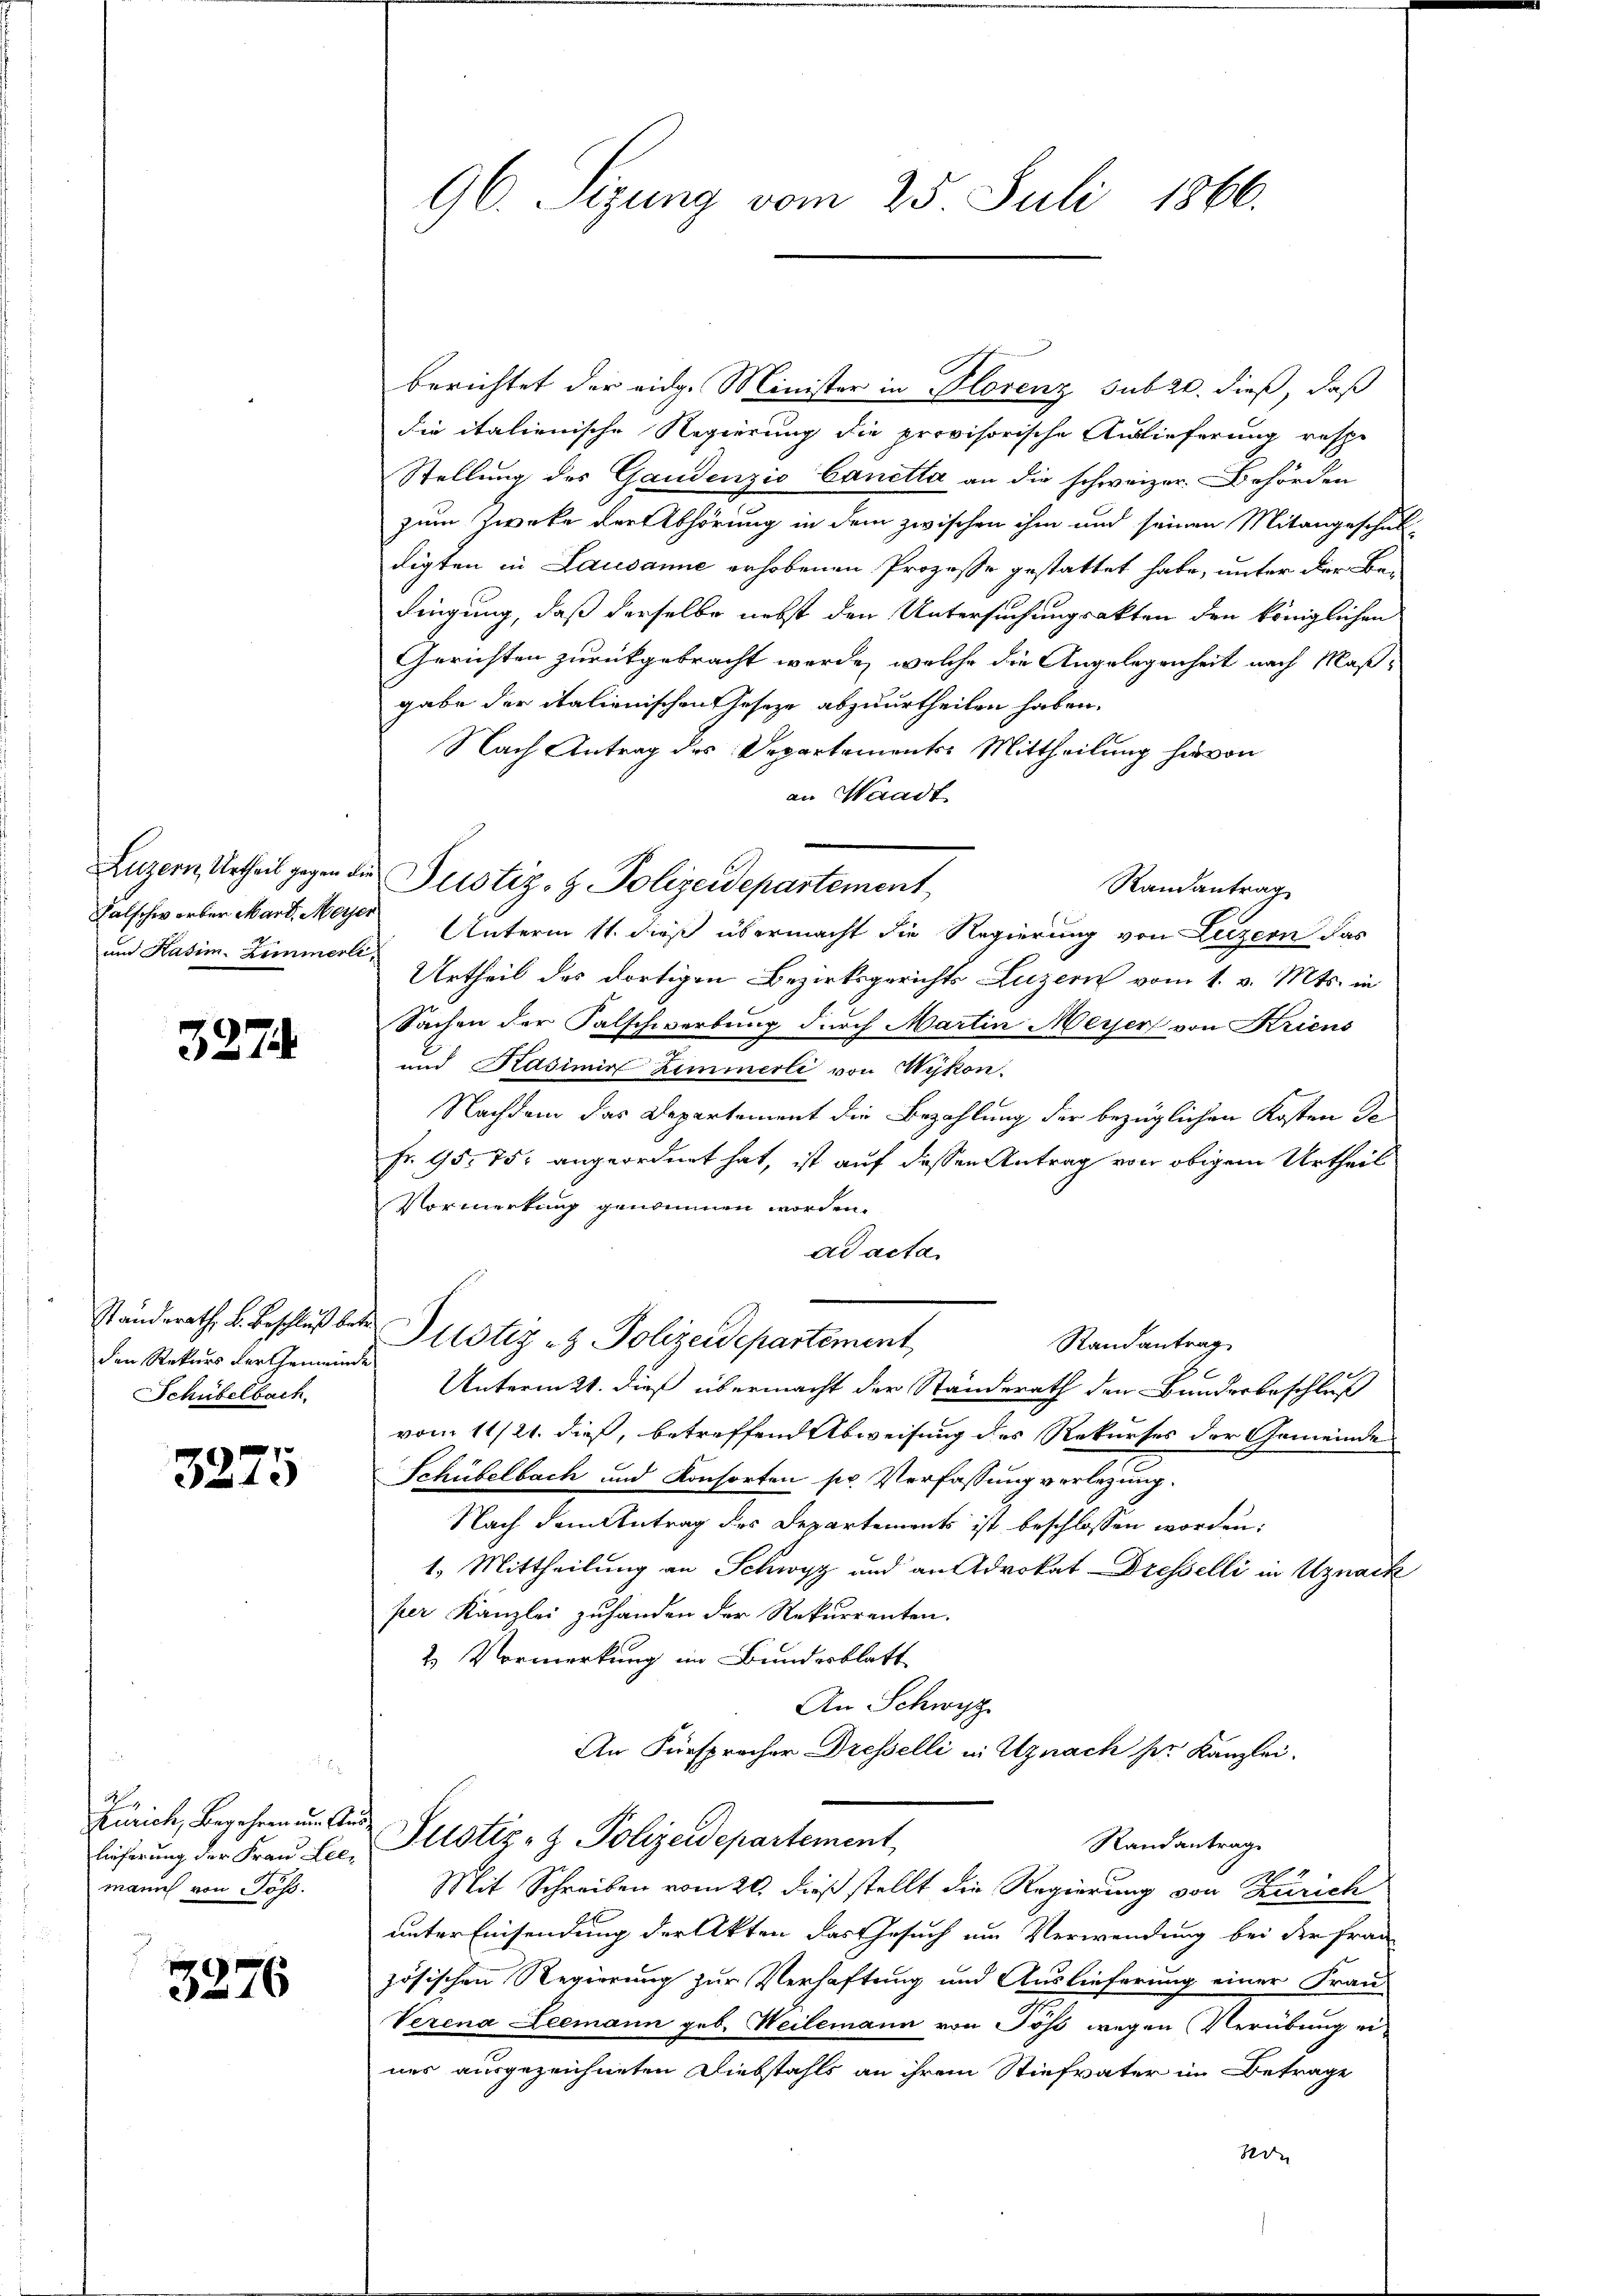
Falschwerber Mart. Meyer
und Kasim. Zimmerli,

327

den Rekurs der Gemeinde
Schübelbach.

3275

,
Zürich, Begehren um Ausmann von Jos.

3276

96. Seizung vom 25. Juli 1866.

berichtet der eidg. Minister in Plorenz sub 20. dieß, daß
die italienische Regierung die provisorische Auslieferung respe
Stellung des Gaudenzio Canetta an die schweizer. Behörden
zum Zwecke der Abhörung in dem zwischen ihm und seinen Mitangeschul-
digten in Lausanne erhobenen Prozesse gestattet habe, unter der Be-
dingung, daß derselbe nebst den Untersuchungsakten den königlichen
Gerichten zurückgebracht werde, welche die Angelegenheit nach Maßgabe der italienischen Jeseze abzuurtheilen haben.
Nach Antrag des Departemente. Mittheilung hievon
an Waadt
Luzern Urtheil gegen die Justiz- & Polizeidepartement
Randantrag
Unterm 11. dieß übermacht die Regierung von Luzern das
Urtheil des dortigen Bezirksgerichts Luzern vom 1. v. Mts. in
Sachen der Falschwerbung durch Martin Meyer von Kriens
und Kasimir Zimmerli von Wykon.
Nachdem das Departement die Bezahlung der bezüglichen Kosten de
Fr. 95. 75. angeordnet hat, ist auf dessen Antrag von obigem Urtheil
Vormerkung genommen worden.
ad acta
Ständerath, u. Beschluß bei Justiz & Polizeidepartement,
Randantrag
Unterm 21. dieß übermacht der Standerath den Bunderbeschluß
vom 11/21. dieß, betreffend Abweisung des Rekurses der Gemeinde
Schübelbach und Konsorten pr. Verfassung verlegung.
Nach dem Antrag des Departements ist beschlossen worden:
1. Mittheilung an Schwyz und an Advokat Dresselli in Uznack
per Kanzlei zuhanden der Rekurrenten.
2.) Vormerkung im Bundesblatt
An Schwyz
An Fürsprocher Dresselli in Uznach ser Kanzlei.
Randantrage
lieferung der Fraŭ Lee, Altstiz- & Polizeidepartement,
Mit Schreiben vom 20. dieß stellt die Regierung von Zürich
unter Einsendung der Akten das Gesuch um Verwendung bei der Frau
zösischen Regierung zur Verhaftung und Auslieferung einer Frau
Verena Leemann geb. Weilemann von Söss wegen Verübung ei-
nes ausgezeichneten Diebstahls an ihrem Stiefvater im Betrage
8 de